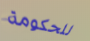
للحكومة